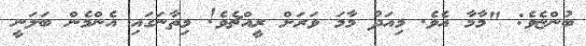
ބުންޏެވެ: "މާމާ އެވެ. މިއަދު މާމަ ވަރަށް ރީއްޗެވެ! މިތާނަގައި އެންމެން ބަލަނީ